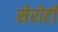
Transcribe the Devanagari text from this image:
सेरोटी